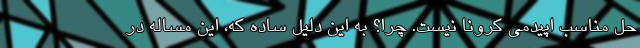
حل مناسب اپیدمی کرونا نیست. چرا؟ به این دلیل ساده که، این مساله در